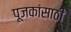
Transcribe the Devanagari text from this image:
पूजकांसाठी